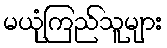
မယုံကြည်သူများ